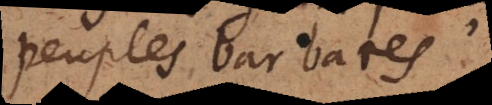
peuples barbares,